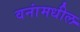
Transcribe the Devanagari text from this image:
वनांमधील